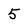
Character: 5